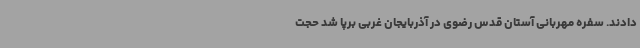
دادند. سفره مهربانی آستان قدس رضوی در آذربایجان غربی برپا شد حجت